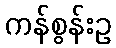
ကန်စွန်းဥ